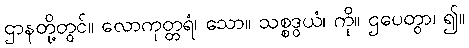
ဌာနတို့တွင်။ လောကုတ္တရံ၊ သော။ သစ္စဒွယံ၊ ကို။ ဌပေတွာ၊ ၍။